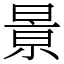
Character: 㬌